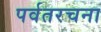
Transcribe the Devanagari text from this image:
पर्वतरचना